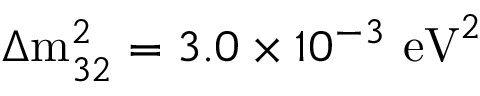
\Delta \mathrm { m } _ { 3 2 } ^ { 2 } = 3 . 0 \times 1 0 ^ { - 3 } ~ \mathrm { e V } ^ { 2 }